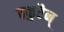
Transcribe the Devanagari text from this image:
ठकुरैन्